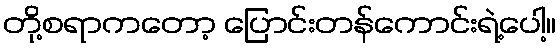
တို့စရာကတော့ ပြောင်းတန်ကောင်းရဲ့ပေါ့။